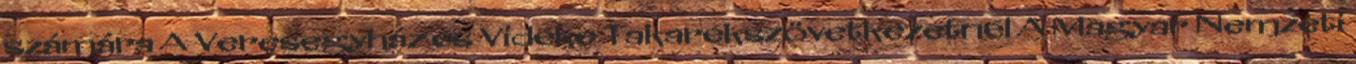
számára A Veresegyház és Vidéke Takarékszövetkezetnél A Magyar Nemzeti